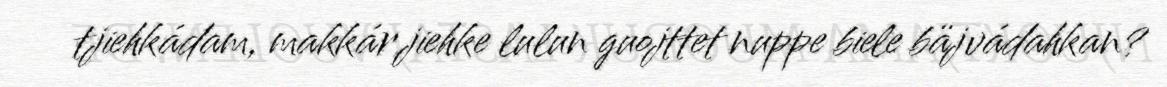
tjiehkádam, makkár jiehke lulun guojttet nuppe biele bäjvádahkan?